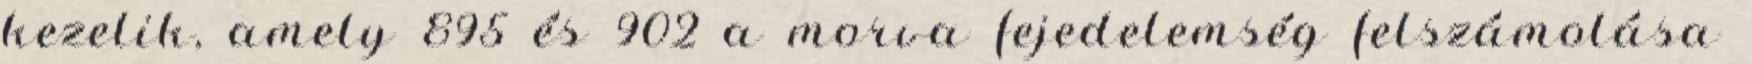
kezelik, amely 895 és 902 a morva fejedelemség felszámolása